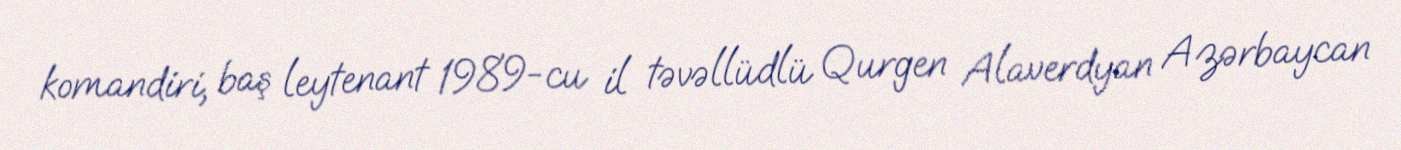
komandiri, baş leytenant 1989-cu il təvəllüdlü Qurgen Alaverdyan Azərbaycan